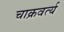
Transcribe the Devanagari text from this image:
चाक्रवर्त्य